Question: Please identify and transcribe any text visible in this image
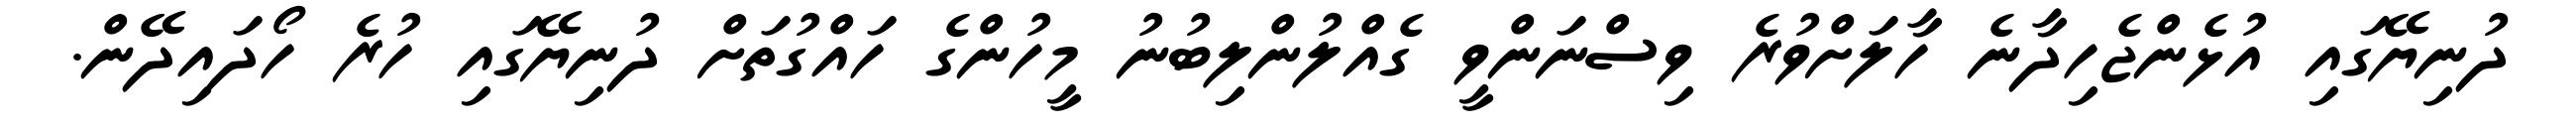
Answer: ދުނިޔޭގައި އުޅެންޖެހިދާނެ ހާލަށްވުރެ ވިސްނަންވީ ގެއްލުންލިބުނު މީހުންގެ ހައްގުތަށް ދުނިޔޭގައި ހުރެ ހޯދައިދޭން.